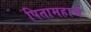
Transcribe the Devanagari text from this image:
पितामहाचे